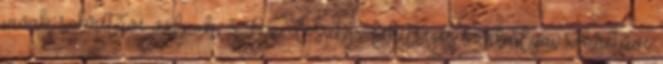
javak sokrétűvé válnak, 3. Az elosztás lehetséges szabályai sokrétűvé